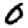
Digit: 0